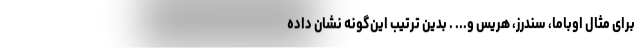
برای مثال اوباما، سندرز، هریس و... . بدین ترتیب این‌گونه نشان داده